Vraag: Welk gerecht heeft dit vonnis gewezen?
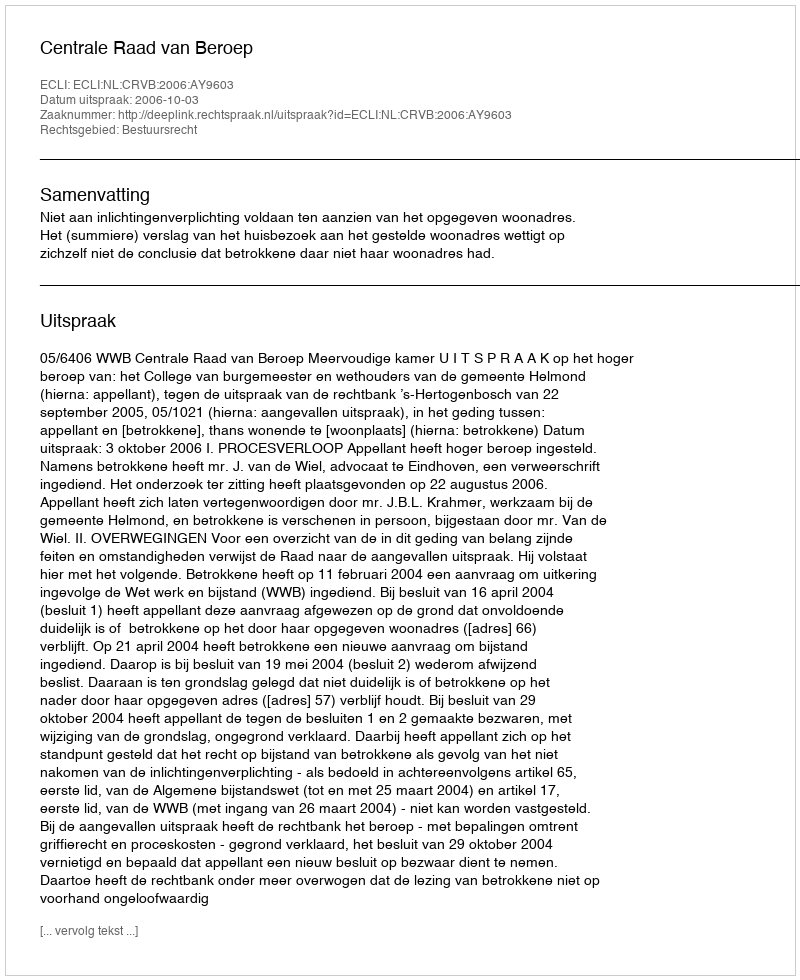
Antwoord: Centrale Raad van Beroep